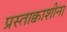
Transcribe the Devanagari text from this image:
प्रस्ताक्वाशीना